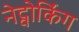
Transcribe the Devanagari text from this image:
नेट्वोर्किंग